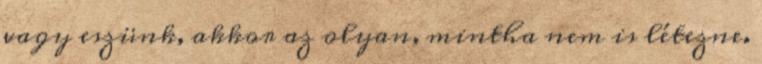
vagy eszünk, akkor az olyan, mintha nem is létezne.